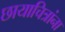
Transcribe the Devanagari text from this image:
छायाचित्रांना